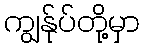
ကျွန်ုပ်တို့မှာ